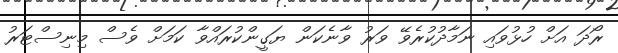
ރޯދަ އަށް ހުޅުވައި ނަމާދުކުރެވޭ ވަރު ވާނެކަން ޔަގީންކުރައްވާ ކަމަށް ވެސް މިނިސްޓަރު